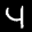
Label: 4